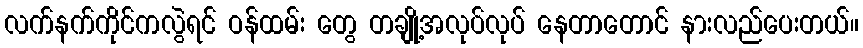
လက်နက်ကိုင်ကလွဲရင် ဝန်ထမ်း တွေ တချို့အလုပ်လုပ် နေတာတောင် နားလည်ပေးတယ်။